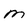
Character: M